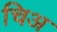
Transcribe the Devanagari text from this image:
चिअ